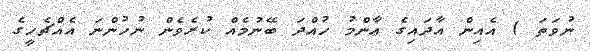
ނުވަތަ ) އެއިން އާދައިގެ ޢާންމު ހުއްދަ ބޭނުމެއް ކުރެވެން ނުހުންނަ އެއްޗެހީގެ